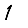
Digit: 1